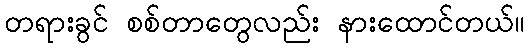
တရားခွင် စစ်တာတွေလည်း နားထောင်တယ်။